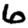
Digit: 6